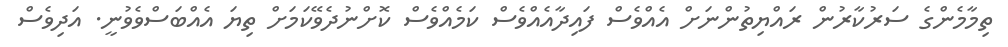
ތިމާމެންގެ ސަރުކާރުން ރައްޔިތުންނަށް އެއްވެސް ފައިދާއެއްވެސް ކަމެއްވެސް ކޮށްނުދެވޭކަމަށް ތިޔަ އެއްބަސްވެވުނީ. އަދިވެސް